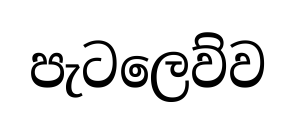
පැටලෙව්ව